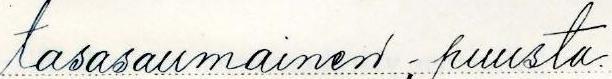
tasasaumainen - puusta